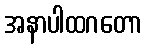
အနာပါထဂတော